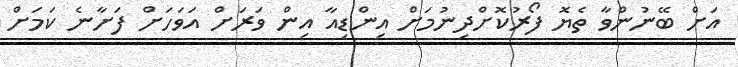
އަށް ބޭނުންވާ ތެޔޮ ފޯރުުކޮށްދިނުމަށް އިންޑިއާ އިން ވަރަށް އަވަހަށް ފަށާނެ ކަމަށް